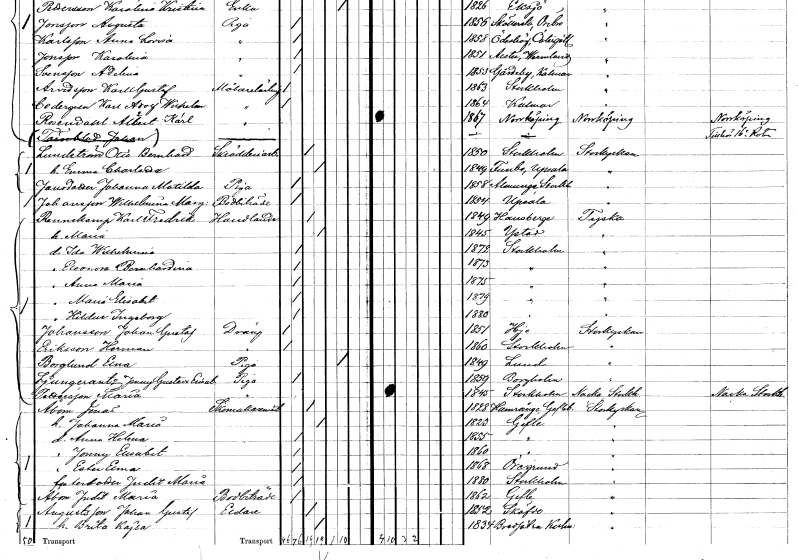
gt_parse: households: individuals: FN: Otto Bernhard
EN: Lundström
YRKE: Skrädderiarbetare
KON: M
CIV: G
FODAR: 1850
FODFORS: Stockholm
FN: Emma Charlotta
KON: K
CIV: G
FODAR: 1849
FODFORS: Tumbo Södermanlands län
FN: Johanna Matilda
EN: Jansdotter
YRKE: Piga
KON: K
CIV: O
FODAR: 1858
FODFORS: Almunge Uppsala län
FN: Wilhelmina Mary
EN: Johansson
YRKE: Bodbiträde
KON: K
CIV: O
FODAR: 1854
FODFORS: Uppsala Uppsala län
FN: Karl Fredrik
EN: Rennskamp
YRKE: Handlande
KON: M
CIV: G
FODAR: 1849
FN: Maria
KON: K
CIV: G
FODAR: 1845
FODFORS: Ystad Malmöhus län
FN: Ida Wilhelmina
KON: K
CIV: O
FODAR: 1872
FODFORS: Stockholm
FN: Eleonora Bernhardina
KON: K
CIV: O
FODAR: 1873
FODFORS: Stockholm
FN: Anna Maria
KON: K
CIV: O
FODAR: 1875
FODFORS: Stockholm
FN: Maria Elisabet
KON: K
CIV: O
FODAR: 1879
FODFORS: Stockholm
FN: Hildur Ingeborg
KON: K
CIV: O
FODAR: 1880
FODFORS: Stockholm
FN: Johan Gustaf
EN: Johansson
YRKE: Dräng
KON: M
CIV: O
FODAR: 1851
FODFORS: Hjo Skaraborgs län
FN: Herman
EN: Eriksson
YRKE: Dräng
KON: M
CIV: O
FODAR: 1860
FODFORS: Stockholm
FN: Elna
EN: Berglund
YRKE: Piga
KON: K
CIV: E
FODAR: 1849
FODFORS: Lund Malmöhus län
FN: Jenny Gustava Elisabet
EN: Ljungcrantz
YRKE: Piga
KON: K
CIV: O
FODAR: 1859
FODFORS: Borgholm Kalmar län
FN: Maria
EN: Pettersson
YRKE: Piga
KON: K
CIV: O
FODAR: 1845
FODFORS: Stockholm
FN: Jonas
EN: Åbom
YRKE: Skomakarmäster
KON: M
CIV: G
FODAR: 1828
FODFORS: Harmånger Gävleborgs län
FN: Johanna Maria
KON: K
CIV: G
FODAR: 1823
FODFORS: Gävle Gävleborgs län
FN: Anna Helena
KON: K
CIV: O
FODAR: 1855
FODFORS: Gävle Gävleborgs län
FN: Jenny Elisabet
KON: K
CIV: O
FODAR: 1860
FODFORS: Gävle Gävleborgs län
FN: Ester Elma
KON: K
CIV: O
FODAR: 1868
FODFORS: Öregrund Uppsala län
FN: Judit Maria
KON: K
CIV: O
FODAR: 1880
FODFORS: Stockholm
FN: Judit Maria
EN: Åbom
YRKE: Bodbiträde
KON: K
CIV: O
FODAR: 1862
FODFORS: Gävle Gävleborgs län
FN: Johan Gustaf
EN: Augustsson
YRKE: Eldare
KON: M
CIV: G
FODAR: 1852
FODFORS: Skövde Skaraborgs län
FN: Brita Kajsa
KON: K
CIV: G
FODAR: 1834
FODFORS: Bredsätra Kalmar län